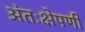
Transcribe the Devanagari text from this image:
अंतःक्षेपणी